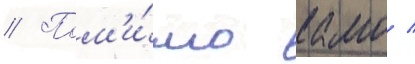
// Пом'и́мо камо /